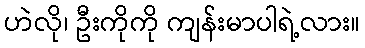
ဟဲလို၊ ဦးကိုကို ကျန်းမာပါရဲ့လား။